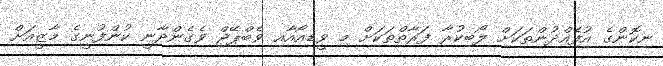
ނިކޮންގެ އުފެއްދުންތަކަށް ލޯބިކުރާ ފަރާތްތަކަށް މި ވީޑިއޯއާއި ވެބްޕޭޖް ވެގެންދާނީ ކުންފުނީގެ މާޒީއަށް